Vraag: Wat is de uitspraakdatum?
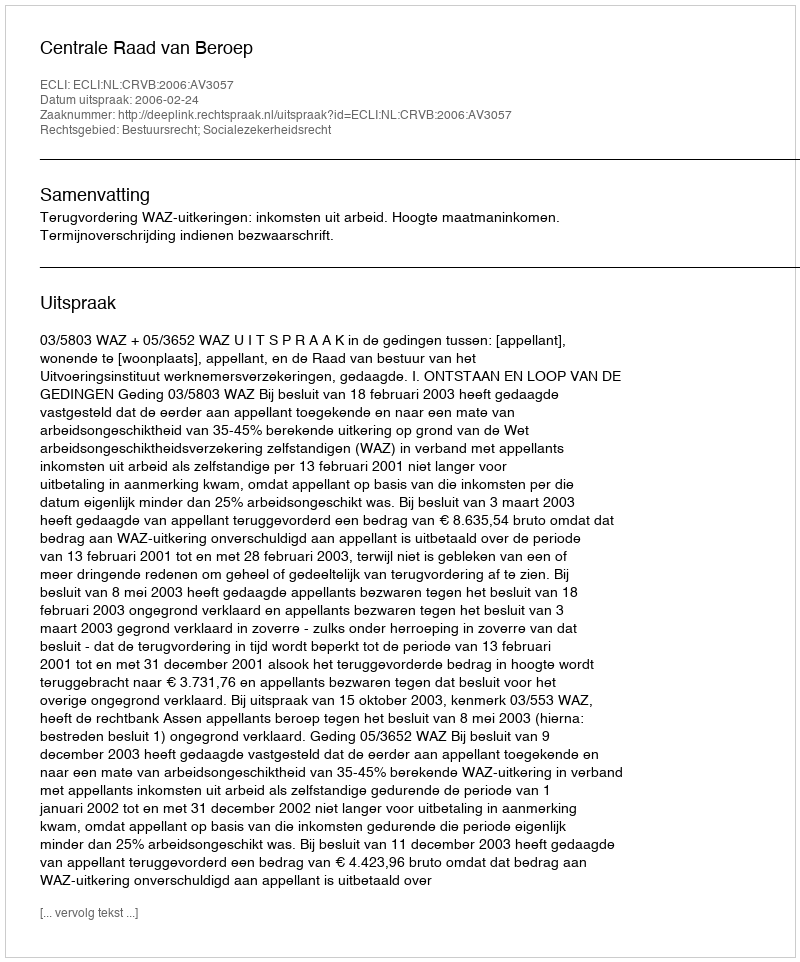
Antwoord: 2006-02-24